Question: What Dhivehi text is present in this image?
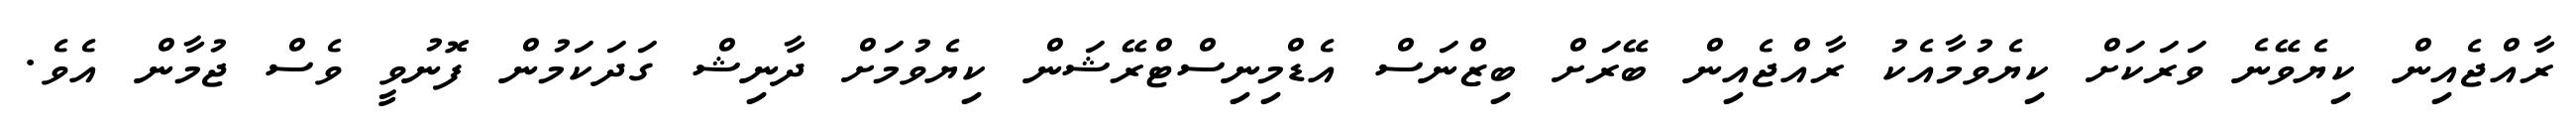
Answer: ރާއްޖެއިން ކިޔެވޭނެ ވަރަކަށް ކިޔެވުމާއެކު ރާއްޖެއިން ބޭރަށް ބިޒްނަސް އެޑްމިނިސްޓްރޭޝަން ކިޔެވުމަށް ދާނިޝް ގަދަކަމުން ފޮނުވީ ވެސް ޖުމާން އެވެ.